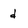
Character: d